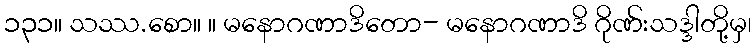
၁၃၁။ သဿ.စော။ ။ မနောဂဏာဒိတော- မနောဂဏာဒိ ဂိုဏ်းသဒ္ဒါတို့မှ၊